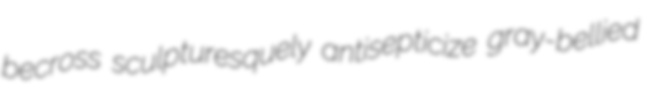
becross sculpturesquely antisepticize gray-bellied